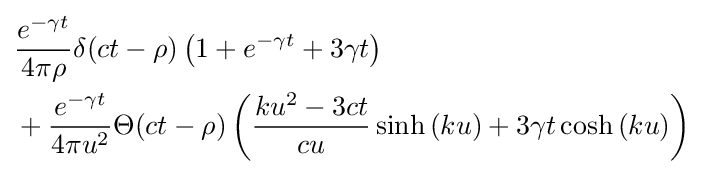
{\begin{aligned}&{\frac {e^{-\gamma t}}{4\pi \rho }}\delta (ct-\rho )\left(1+e^{-\gamma t}+3\gamma t\right)\\&+{\frac {e^{-\gamma t}}{4\pi u^{2}}}\Theta (ct-\rho )\left({\frac {ku^{2}-3ct}{cu}}\sinh \left(ku\right)+3\gamma t\cosh \left(ku\right)\right)\end{aligned}}